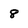
Character: 8